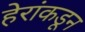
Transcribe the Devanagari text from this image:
हेरांकडून